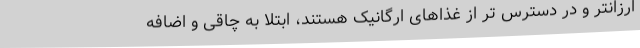
ارزانتر و در دسترس تر از غذاهای ارگانیک هستند، ابتلا به چاقی و اضافه